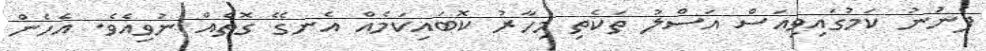
ފެނުނު ކަމުގައިވިއަސް އަސްލު ތަކެތި މިހާރު ކޮބައިކަމެއް އެނގޭ ގޮތެއް ނުވިއެވެ. އެހެން